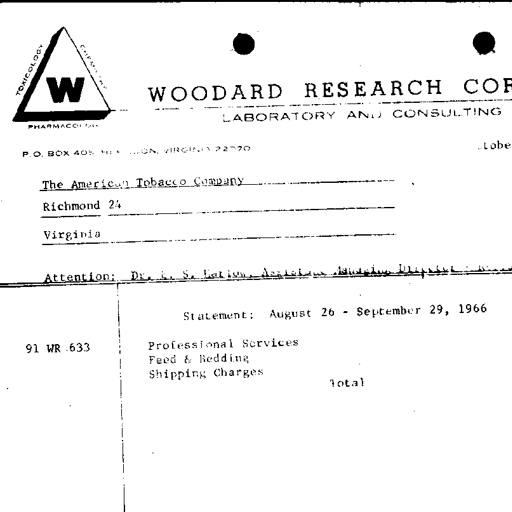
transcription: TOXICOLOGY
CHEMISTRY
W
WOODARD RESEARCH CORP.
PHARMACOLOGY
LABORATORY AND CONSULTING
P.O. BOX 405 HERNDON, VIRGINIA 22070
Lobe
The American Tobacco Company
Richmond 24
Virginia
Attention: Dr. L. S. Harlow, Assistant Managing Director - Research
Statement: August 26 - September 29, 1966
91 WR 633
Professional Services
Feed & Bedding
Shipping Charges
Total